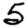
Digit: 5